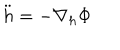
\ddot { h } = - \nabla _ { h } \Phi